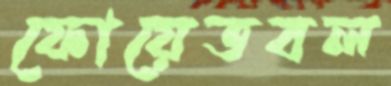
ফোয়েতবল